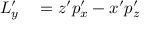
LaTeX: \begin{array} { r l } { L _ { y } ^ { \prime } } & { { } = z ^ { \prime } p _ { x } ^ { \prime } - x ^ { \prime } p _ { z } ^ { \prime } } \end{array}